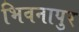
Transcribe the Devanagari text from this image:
भिवनापुर